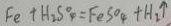
F e + H _ { 2 } S O _ { 4 } = F e S O _ { 4 } + H _ { 2 } \uparrow